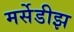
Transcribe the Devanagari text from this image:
मर्सेडीझ